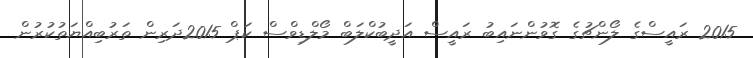
2015 ރައީސްގެ ލޯންޗުގެ ގޮވުންނައިބު ރައީސް އަދީބުކްލަބް މޯލްޑިވްސް ކަޕް 2015ދަރިން ތަރުބިއްޔަތުކުރުން